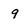
Character: 9